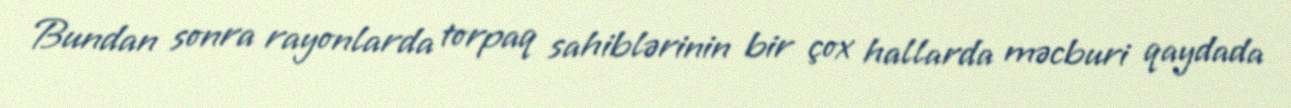
Bundan sonra rayonlarda torpaq sahiblərinin bir çox hallarda məcburi qaydada